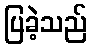
ပြခဲ့သည်